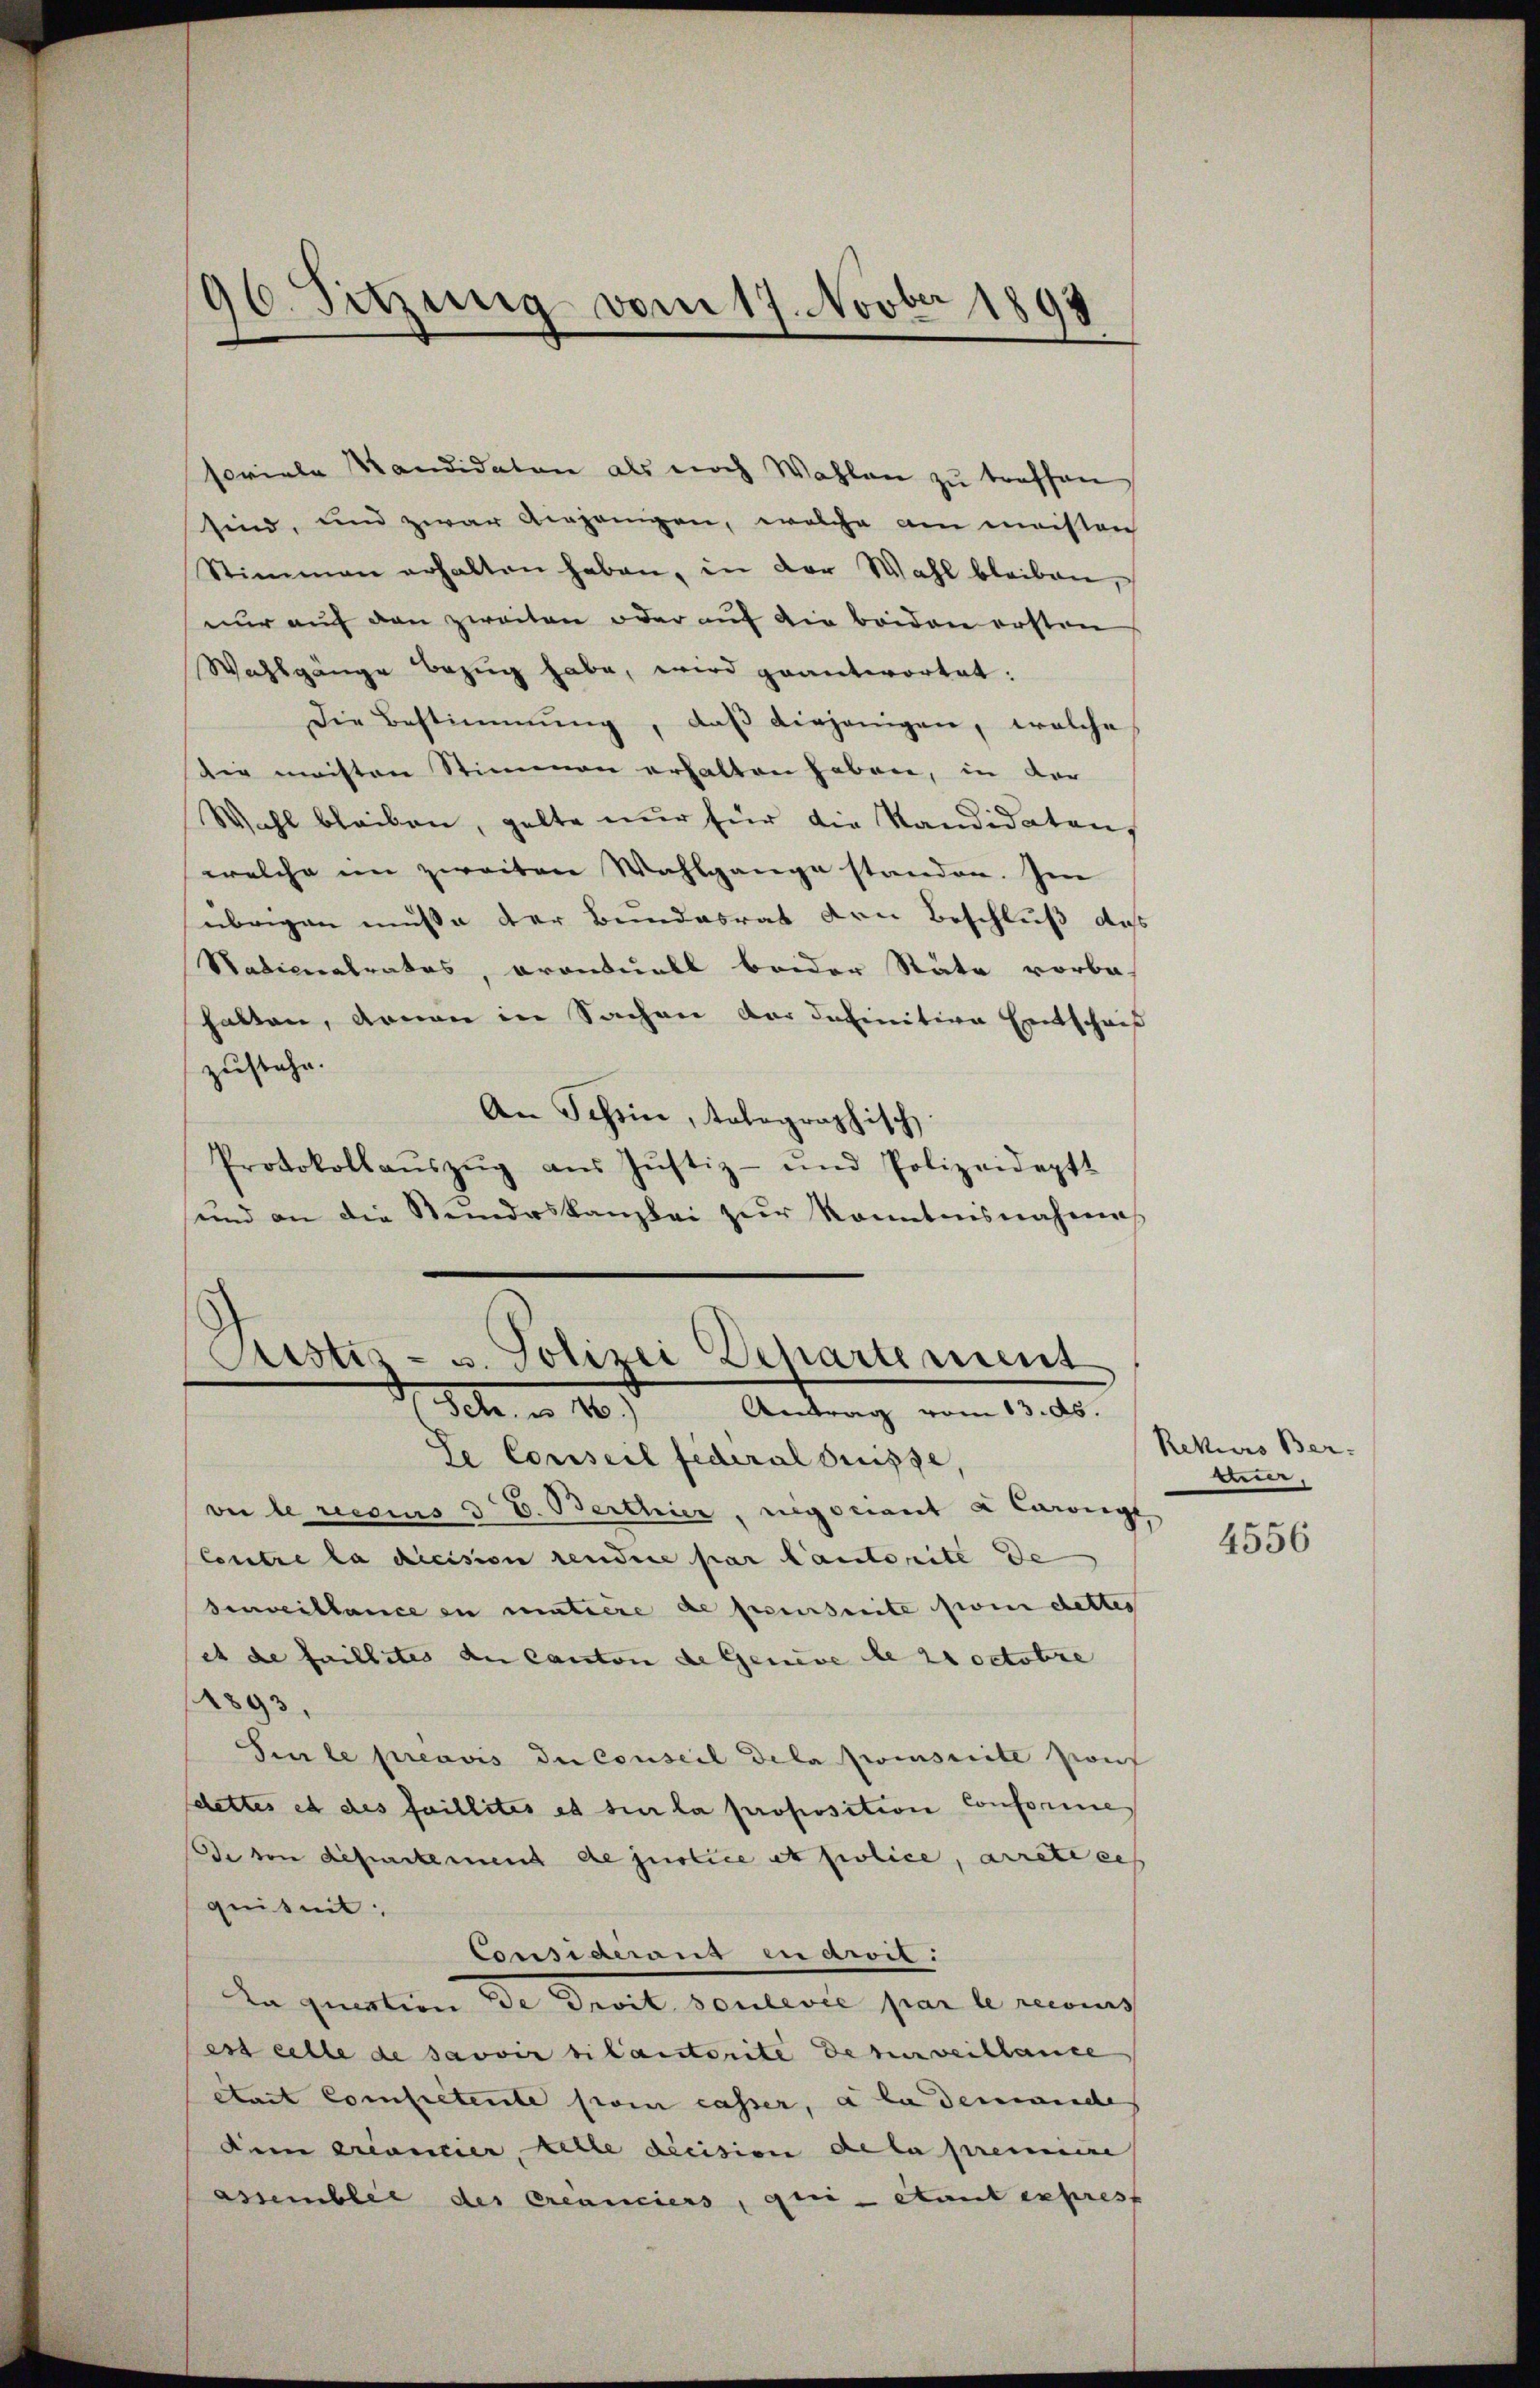
96. Setzung vom 17. Novber 1898

soviele Kandidaten als noch Wahlen zŭ treffen
sind, und zwar Umgangen, welche am meisten
Stimmen erhalten haben, in der Wahl bleiben,
nur auf den zweiten oder auf die beiden ersten
Wahlgänge bezug habe, wird geantwortet:
Die Bestimmung, daβ diejenigen, welche
die meisten Stimmen erhalten haben, in der
Wohl bleiben, gelte nur für die Kandidatens
welche im zweiten Wahlgange standen. Im
übrigen müße der Bundesrat den Beschluß das
Nationalrates, orantuell beider Räte vorbe-
hatten, denen in Sachen der definitive Entschrif
zustehe.
An Schein, tolographisch
Protokollaŭszŭg aŭs Jŭstiz- und Polizeideptt
sund an die Steindeskanzlei zŭr Kenntnisnahmes
Pustiz- u. Polizei Departement

2
d. Febr. u 1.) Antrag vom 13. ds.

Se Conseil federal Grüsse
vir le reesius d E. Berthier, negociant a Carige
Contre la dicision rendere par lautorite de
seveillance in matière de poursuite son cetter
et de faillites an Canton de Geneve de 21 Octobre
1893,
Si le préavis du Conseil Dela feinseite Konf
dettes et des faillites et sur la proposition Conformes
De von departement de justice et police, arretiee
quitmit:
Considerant en droit.
La question de Droit soulevée par le recons
ess eille de savoir bilautorité de surveillance
état competente son casser, a la demandes
dem Krancier, Kelle decision de la premiere
asumblic des Creanciers, qui étant exprest

Rekurs Ber-
men,

4556